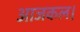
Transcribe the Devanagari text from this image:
आजकल।